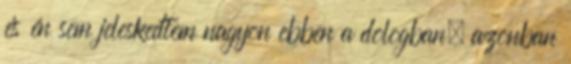
és én sem jeleskedtem nagyon ebben a dologban. azonban